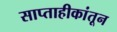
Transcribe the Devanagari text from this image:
साप्ताहीकांतून